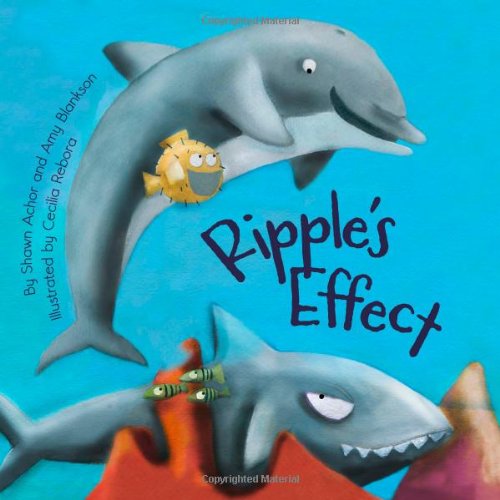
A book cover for Ripple's Effect; Shawn Achor; Medical Books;